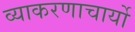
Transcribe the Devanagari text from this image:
व्याकरणाचार्यो